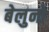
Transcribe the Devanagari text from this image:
बेलुनो